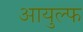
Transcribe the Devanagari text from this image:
आयुल्फ